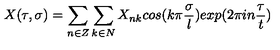
X ( \tau , \sigma ) = \sum _ { n \in Z } \sum _ { k \in N } X _ { n k } c o s ( k \pi \frac { \sigma } { l } ) e x p ( 2 \pi i n \frac { \tau } { t } )